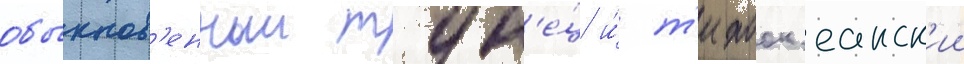
обыкнов'енныи тун'е́ц и́ т'ихоок'еанск'ии